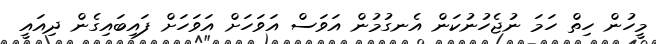
މީހުން ހިތް ހަމަ ނުޖެހުނުކަން އެނގުމުން އަވަސް އަވަހަށް އަވަހަށް ފައިބައިގެން ދިއައީ